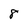
Character: 8